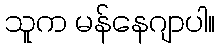
သူက မန်နေဂျာပါ။